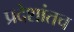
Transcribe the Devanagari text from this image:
प्रदेशांतच